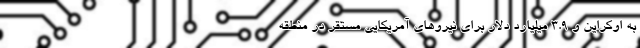
به اوکراین و ۳.۹ میلیارد دلار برای نیروهای آمریکایی مستقر در منطقه